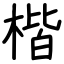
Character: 楷